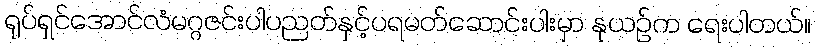
ရုပ်ရှင်အောင်လံမဂ္ဂဇင်းပါပညတ်နှင့်ပရမတ်ဆောင်းပါးမှာ နုယဉ်က ရေးပါတယ်။